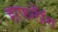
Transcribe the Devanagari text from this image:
हाफलॉँग